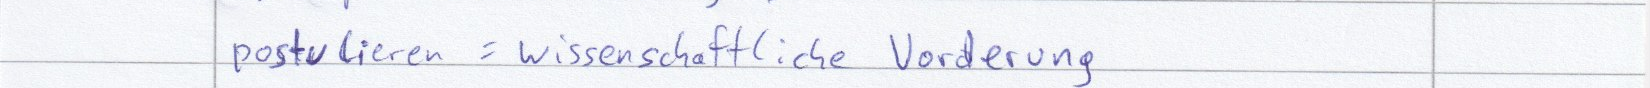
postulieren = wissenschaftliche Vorderung